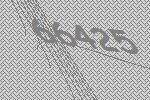
66425